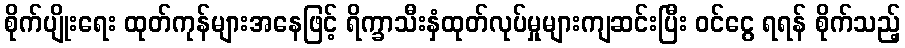
စိုက်ပျိုးရေး ထုတ်ကုန်များအနေဖြင့် ရိက္ခာသီးနှံထုတ်လုပ်မှုများကျဆင်းပြီး ဝင်ငွေ ရရန် စိုက်သည့်